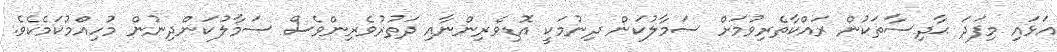
އަޅައި މިފަދަ ޙާދިސާތަކުން ރައްކާތެރިވުމަށް ސަމާލުކަން ދިނުމަކީ އޮޑިވެރިންނާއި ދަތުރުވެރިންވެސް ސަމާލުކަންދިނުން މުހިއްމުކަމެކެވެ.